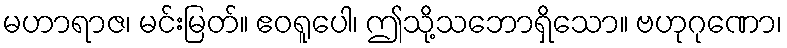
မဟာရာဇ၊ မင်းမြတ်။ ဧဝရူပေါ၊ ဤသို့သဘောရှိသော။ ဗဟုဂုဏော၊